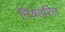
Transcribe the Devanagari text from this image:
नियंतरित